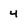
Character: 4